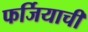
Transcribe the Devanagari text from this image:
फर्जियाची